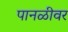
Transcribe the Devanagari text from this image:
पानळीवर